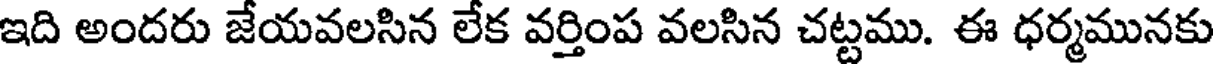
ఇది అందరు జేయవలసిన లేక వర్తింప వలసిన చట్టము. ఈ ధర్మమునకు